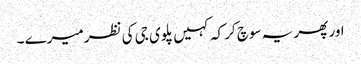
اور پھر یہ سوچ کر کہ کہیں پلوی جی کی نظر میرے ۔